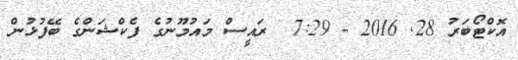
އޮކްޓޯބަރު 28